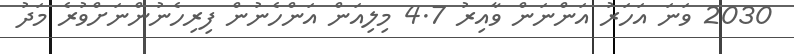
2030 ވަނަ އަހަރު އަންނަން ވާއިރު 4.7 މިލިއަން އަންހެނުން ފިރިހެނުންނަށްވުރެ މަދު